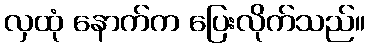
လှထုံ နောက်က ပြေးလိုက်သည်။